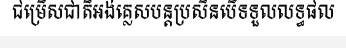
ជម្រើសជាតិអង់គ្លេសបន្តប្រសិនបើទទួលលទ្ធផល